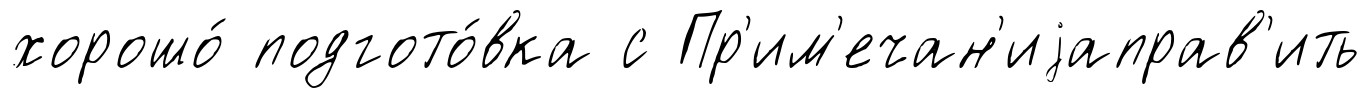
хорошо́ подгото́вка с Пр'им'ечан'иjаправ'ить